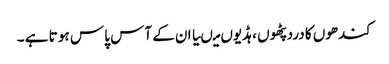
کندھوں کا درد پٹھو ں ،ہڈیوں میںیا ان کے آس پا س ہو تا ہے ۔